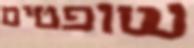
שופטים